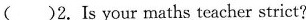
( )2.Is your maths teacher strict?